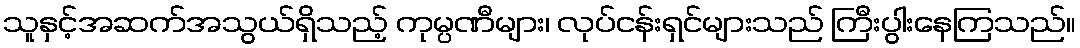
သူနှင့်အဆက်အသွယ်ရှိသည့် ကုမ္ပဏီများ၊ လုပ်ငန်းရှင်များသည် ကြီးပွါးနေကြသည်။